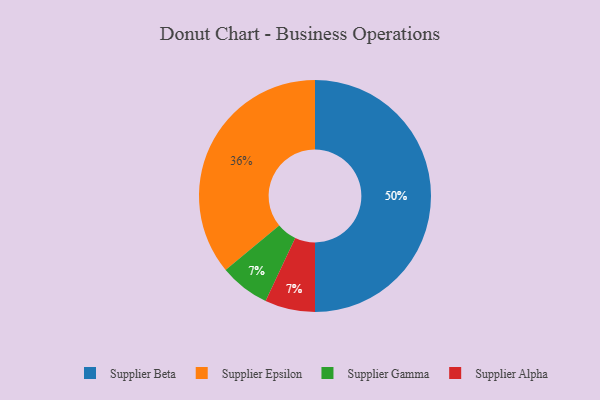
{"axis": {"x": "Category", "y": "Percentage"}, "legend": ["Supplier Alpha", "Supplier Beta", "Supplier Epsilon", "Supplier Gamma"], "data": [{"x": "Supplier Gamma", "y": 7, "type": "Supplier Gamma"}, {"x": "Supplier Beta", "y": 50, "type": "Supplier Beta"}, {"x": "Supplier Alpha", "y": 7, "type": "Supplier Alpha"}, {"x": "Supplier Epsilon", "y": 36, "type": "Supplier Epsilon"}]}